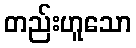
တည်းဟူသော